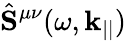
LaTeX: \hat{\mathbf{S}}^{\mu\nu}(\omega,\mathbf{k}_{||})